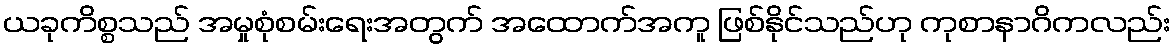
ယခုကိစ္စသည် အမှုစုံစမ်းရေးအတွက် အထောက်အကူ ဖြစ်နိုင်သည်ဟု ကုစာနာဂိကလည်း